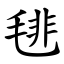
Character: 毴